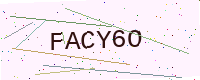
Text: FACY6O